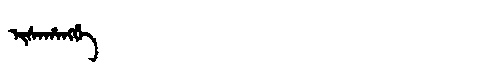
Manchu: ᡳᠰᠠᡥᠠᠩᡤᡝ
Romanization: ISAHANGGE